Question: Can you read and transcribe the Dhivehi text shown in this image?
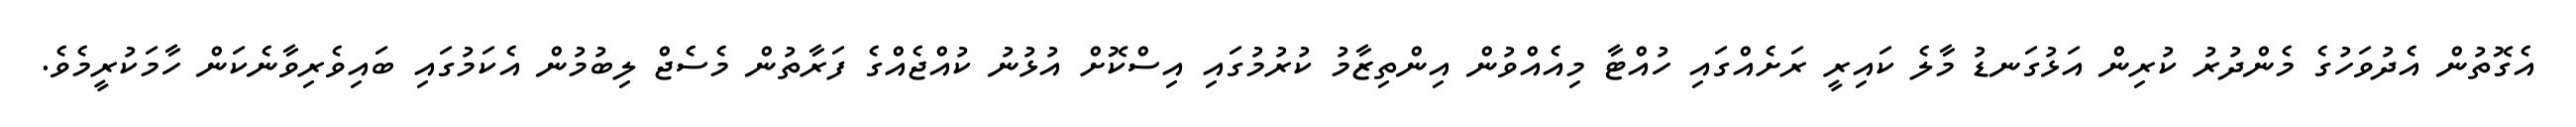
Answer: އެގޮތުން އެދުވަހުގެ މެންދުރު ކުރިން އަޅުގަނޑު މާލެ ކައިރީ ރަށެއްގައި ހުއްޓާ މިއެއްވުން އިންތިޒާމު ކުރުމުގައި އިސްކޮށް އުޅުނު ކުއްޖެއްގެ ފަރާތުން މެސެޖް ލިބުމުން އެކަމުގައި ބައިވެރިވާނެކަން ހާމަކުރީމެވެ.